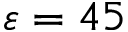
\varepsilon = 4 5